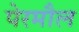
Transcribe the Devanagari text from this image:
पेरमौल